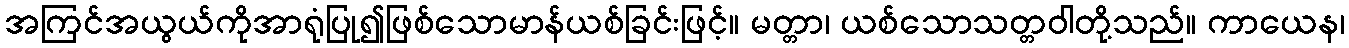
အကြင်အယွယ်ကိုအာရုံပြု၍ဖြစ်သောမာန်ယစ်ခြင်းဖြင့်။ မတ္တာ၊ ယစ်သောသတ္တဝါတို့သည်။ ကာယေန၊